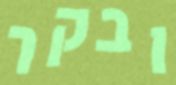
ובקר